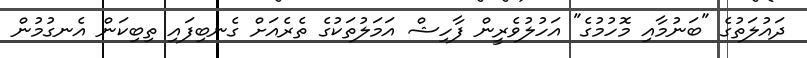
ދައުލަތުގެ "ބަނުމާއި މޮހުމުގެ" އަހުލުވެރީން ފާހިޝް އަމަލުތަކުގެ ތެރެއަށް ގެނބިފައި ތިބިކަން އެނގުމުން